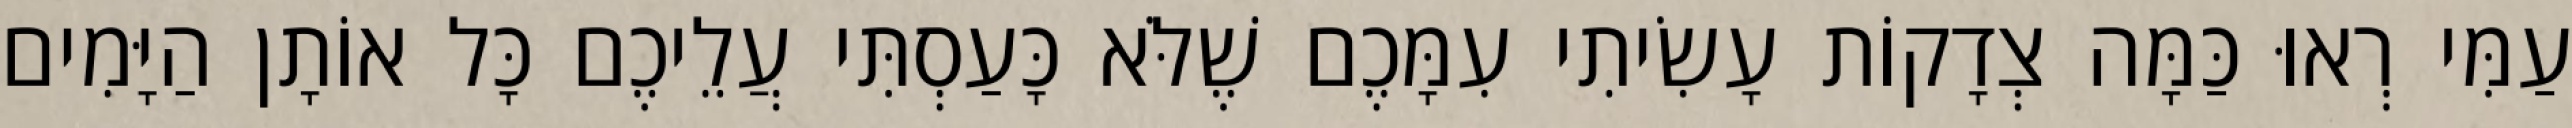
עַמִּי רְאוּ כַּמָּה צְדָקוֹת עָשִׂיתִי עִמָּכֶם שֶׁלֹּא כָּעַסְתִּי עֲלֵיכֶם כָּל אוֹתָן הַיָּמִים